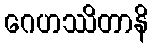
ဂေဟဿိတာနိ